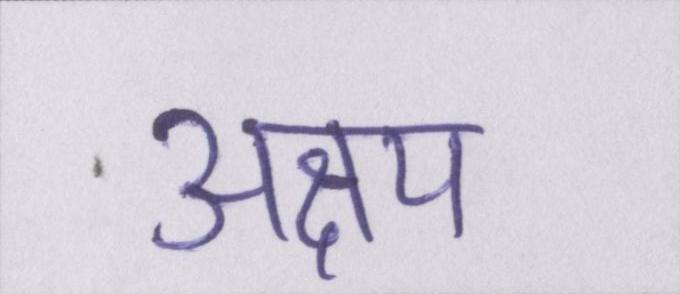
अक्षय